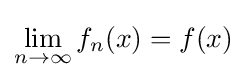
\lim _{n\to \infty }f_{n}(x)=f(x)